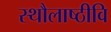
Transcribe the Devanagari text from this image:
स्थौलाष्ठीवि